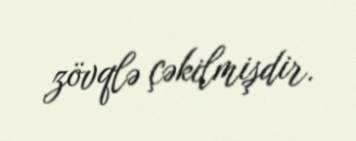
zövqlə çəkilmişdir.